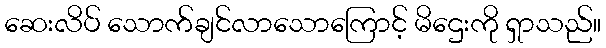
ဆေးလိပ် သောက်ချင်လာသောကြောင့် မိဌေးကို ရှာသည်။